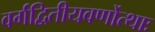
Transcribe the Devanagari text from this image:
वर्गद्वितीयवर्णोत्थाः